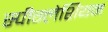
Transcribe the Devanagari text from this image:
स्पीग्लेशियन